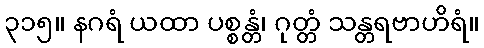
၃၁၅။ နဂရံ ယထာ ပစ္စန္တံ၊ ဂုတ္တံ သန္တရဗာဟိရံ။